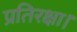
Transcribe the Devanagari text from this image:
प्रतिरक्षा।